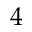
4